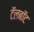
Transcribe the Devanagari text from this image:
टॅलबॉट